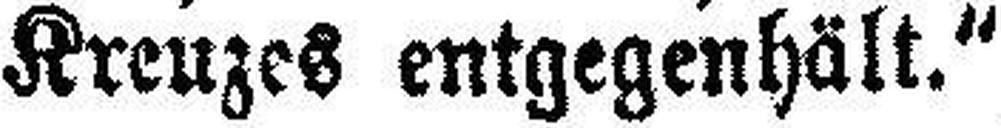
Kreuzes entgegenhält.“